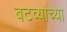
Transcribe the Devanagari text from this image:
बटव्याच्या